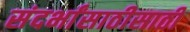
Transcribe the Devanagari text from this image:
संदर्भांसाठीसाठी